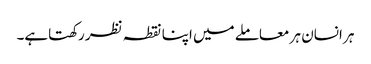
ہر انسان ہر معاملے میں اپنا نقطہ نظر رکھتاہے۔